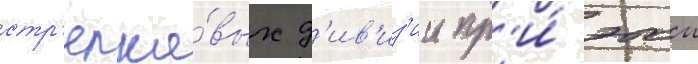
стр'елко́вых д'ив'из'ии пр'и́ этои